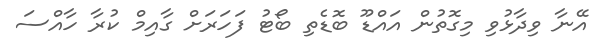
އޭނާ ވިދާޅުވި މިގޮތުން އައްޑޫ ބޮޑެތި ބޯޓު ފަހަރަށް ގާއިމް ކުރާ ހާއްސަ